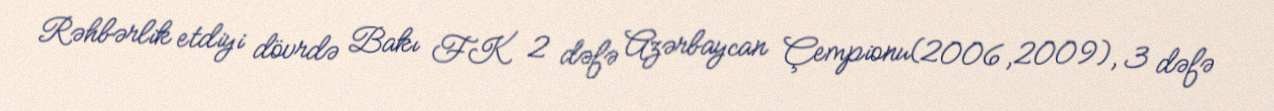
Rəhbərlik etdiyi dövrdə Bakı FK 2 dəfə Azərbaycan Çempionu(2006,2009), 3 dəfə